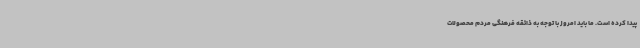
پیدا کرده است. ما باید امروز با توجه به ذائقه فرهنگی مردم محصولات